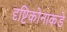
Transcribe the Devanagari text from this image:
दृष्टिकोनाकडे